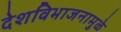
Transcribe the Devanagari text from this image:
देशविभाजनामुळे